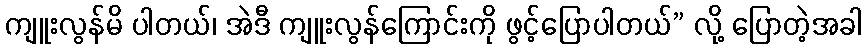
ကျူးလွန်မိ ပါတယ်၊ အဲဒီ ကျူးလွန်ကြောင်းကို ဖွင့်ပြောပါတယ်” လို့ ပြောတဲ့အခါ